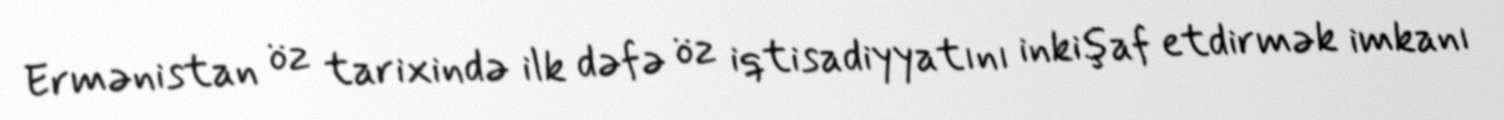
Ermənistan öz tarixində ilk dəfə öz iqtisadiyyatını inkişaf etdirmək imkanı